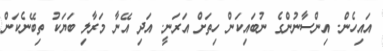
އައިހެން. އިންސާނުންގެ ނުބައިކަން ހިތަށް އަރަނީ. އަދި އޭނާ މަރާލި ބަޔަކު ތިބޭނެކަން